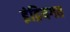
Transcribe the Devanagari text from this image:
इंद्रियगत